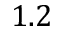
1 . 2